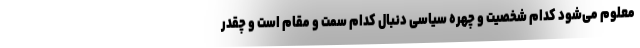
معلوم می‌شود کدام شخصیت و چهره سیاسی دنبال کدام سمت و مقام است و چقدر